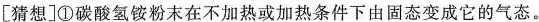
[猜想]①碳酸氢铵粉末在不加热或加热条件下由固态变成它的气态。